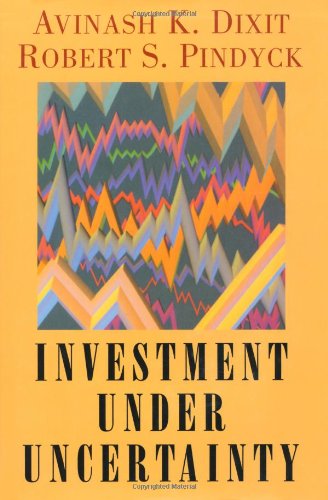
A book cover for Investment under Uncertainty; Avinash K. Dixit; Business & Money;